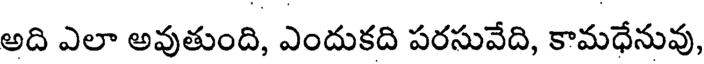
అది ఎలా అవుతుంది, ఎందుకది పరసువేది, కామధేనువు,